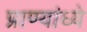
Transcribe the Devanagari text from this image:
प्राण्यांध्ये